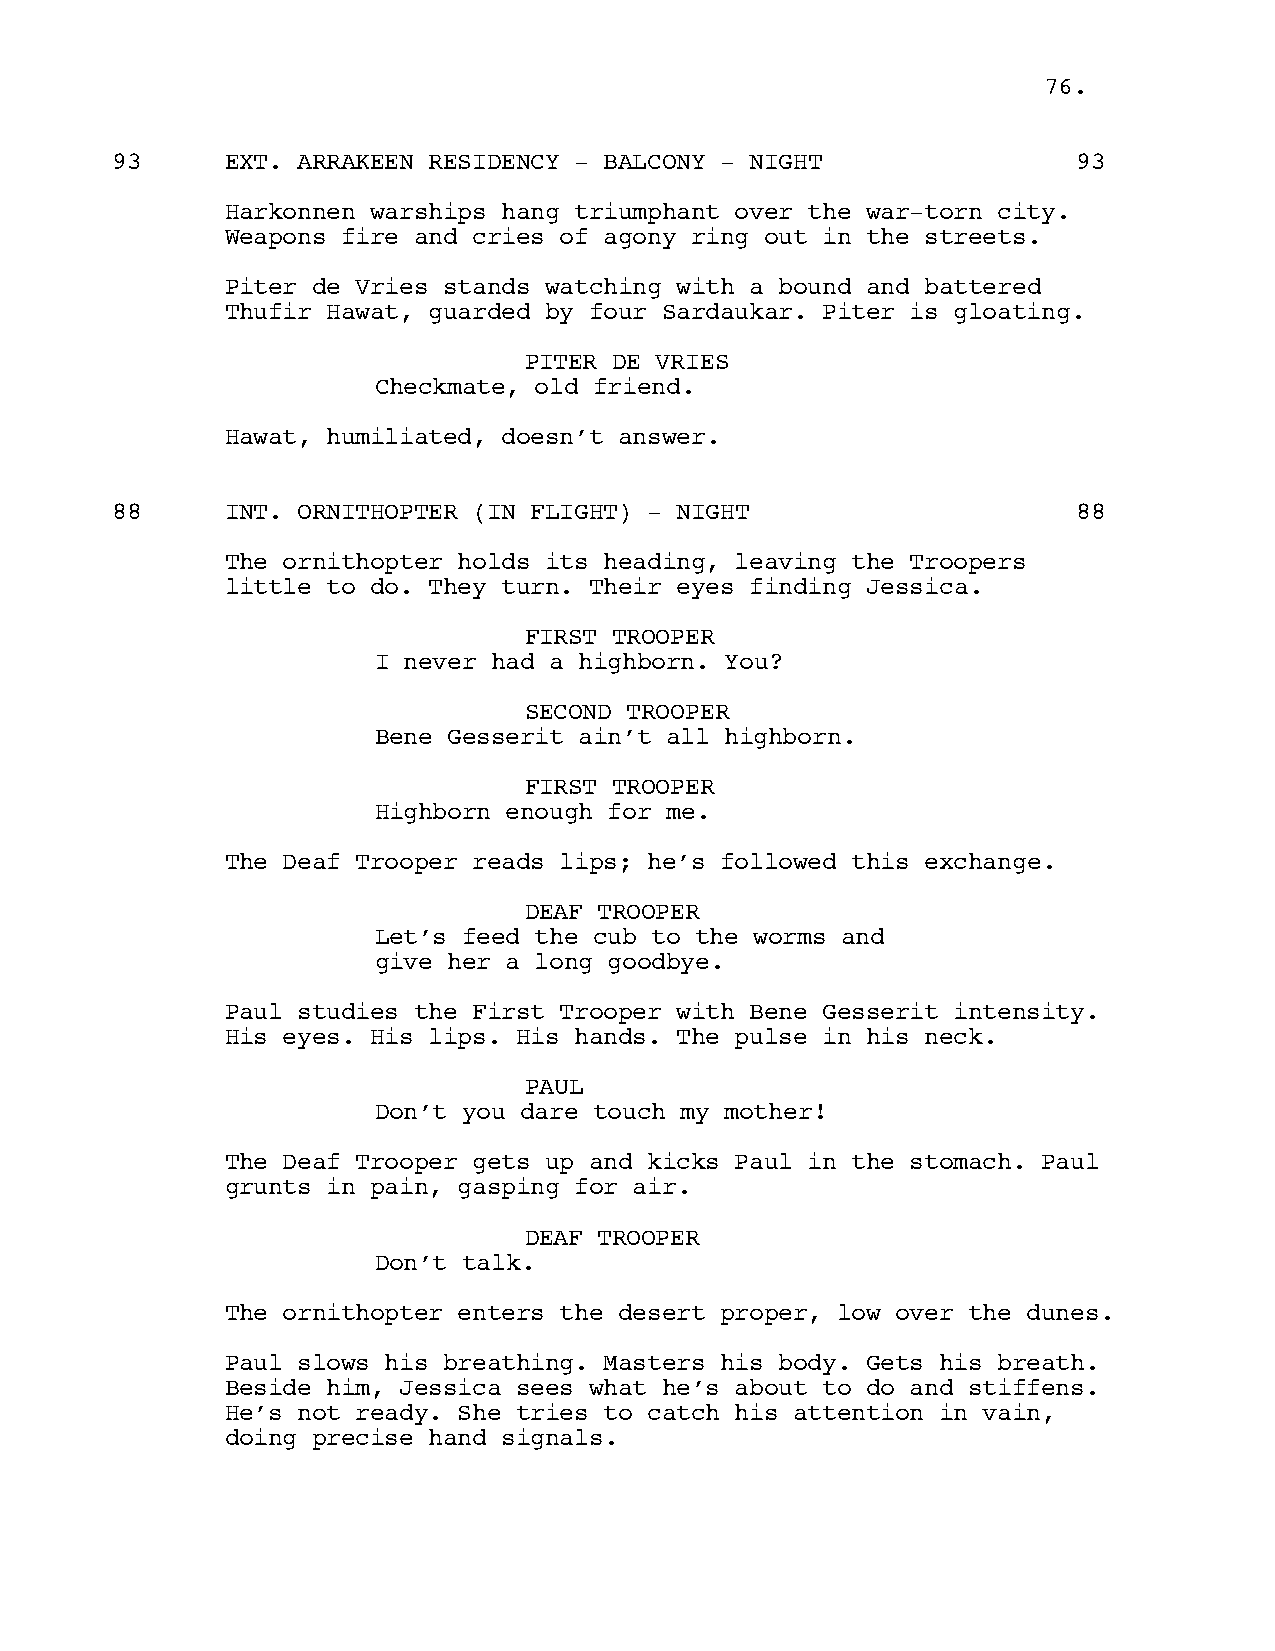
7766..
 93      EXT. ARRAKEEN RESIDENCY - BALCONY - NIGHT               93
 Harkonnen warships hang triumphant over the war-torn city.
 Weapons fire and cries of agony ring out in the streets.
 Piter de Vries stands watching with a bound and battered
 Thufir Hawat, guarded by four Sardaukar. Piter is gloating.
 PITER DE VRIES
 Checkmate, old friend.
 Hawat, humiliated, doesn’t answer.
 88      INT. ORNITHOPTER (IN FLIGHT) - NIGHT                    88
 The ornithopter holds its heading, leaving the Troopers
 little to do. They turn. Their eyes finding Jessica.
 FIRST TROOPER
 I never had a highborn. You?
 SECOND TROOPER
 Bene Gesserit ain’t all highborn.
 FIRST TROOPER
 Highborn enough for me.
 The Deaf Trooper reads lips; he’s followed this exchange.
 DEAF TROOPER
 Let’s feed the cub to the worms and
 give her a long goodbye.
 Paul studies the First Trooper with Bene Gesserit intensity.
 His eyes. His lips. His hands. The pulse in his neck.
 PAUL
 Don’t you dare touch my mother!
 The Deaf Trooper gets up and kicks Paul in the stomach. Paul
 grunts in pain, gasping for air.
 DEAF TROOPER
 Don’t talk.
 The ornithopter enters the desert proper, low over the dunes.
 Paul slows his breathing. Masters his body. Gets his breath.
 Beside him, Jessica sees what he’s about to do and stiffens.
 He’s not ready. She tries to catch his attention in vain,
 doing precise hand signals.